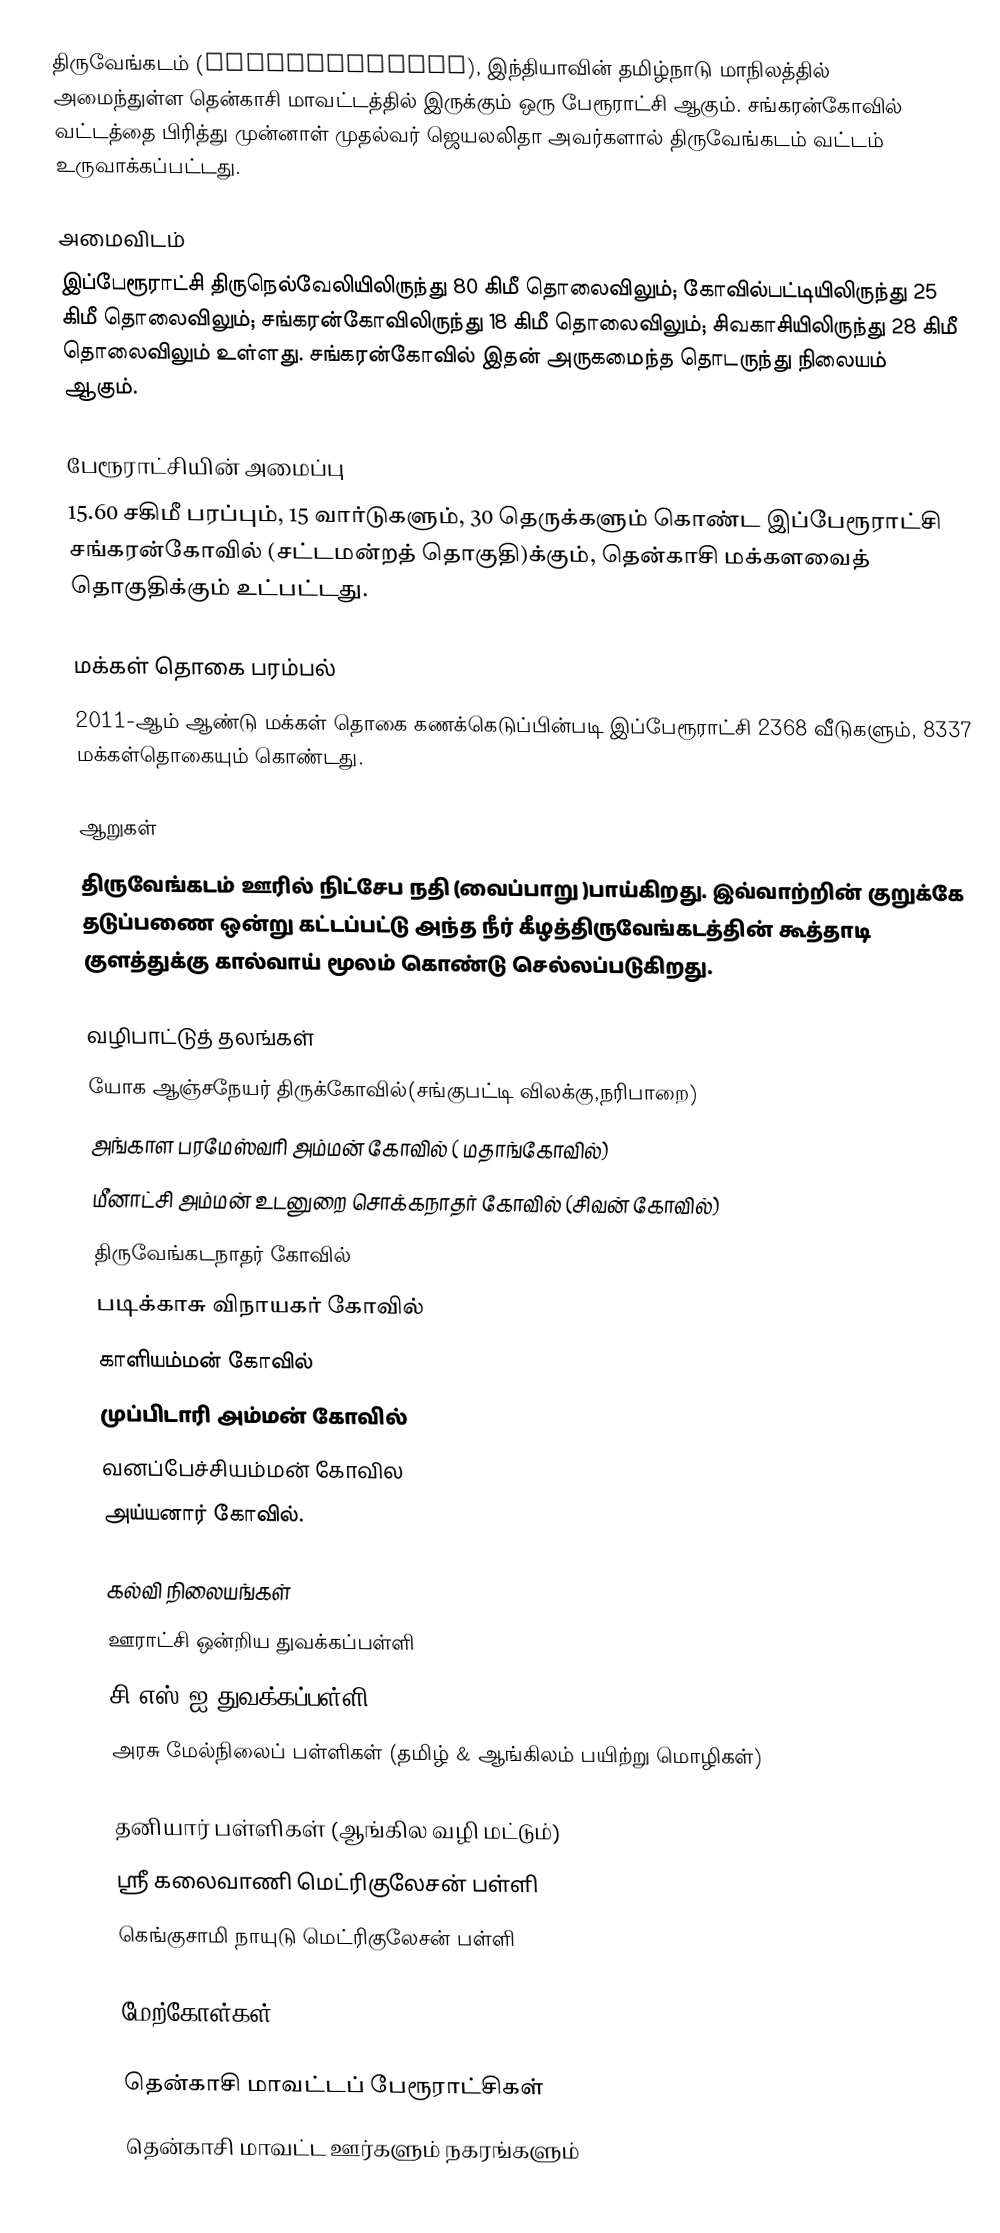
திருவேங்கடம் (Thiruvengadam), இந்தியாவின் தமிழ்நாடு மாநிலத்தில் அமைந்துள்ள தென்காசி மாவட்டத்தில் இருக்கும் ஒரு பேரூராட்சி ஆகும். சங்கரன்கோவில் வட்டத்தை பிரித்து முன்னாள் முதல்வர் ஜெயலலிதா அவர்களால் திருவேங்கடம் வட்டம் உருவாக்கப்பட்டது.

அமைவிடம்
இப்பேரூராட்சி திருநெல்வேலியிலிருந்து 80 கிமீ தொலைவிலும்; கோவில்பட்டியிலிருந்து 25 கிமீ தொலைவிலும்; சங்கரன்கோவிலிருந்து 18 கிமீ தொலைவிலும்; சிவகாசியிலிருந்து 28 கிமீ தொலைவிலும் உள்ளது. சங்கரன்கோவில் இதன் அருகமைந்த தொடருந்து நிலையம் ஆகும்.

பேரூராட்சியின் அமைப்பு
15.60 சகிமீ பரப்பும், 15  வார்டுகளும், 30 தெருக்களும் கொண்ட இப்பேரூராட்சி  சங்கரன்கோவில் (சட்டமன்றத் தொகுதி)க்கும், தென்காசி மக்களவைத் தொகுதிக்கும் உட்பட்டது.

மக்கள் தொகை பரம்பல்
2011-ஆம் ஆண்டு மக்கள் தொகை கணக்கெடுப்பின்படி  இப்பேரூராட்சி                        2368 வீடுகளும், 8337 மக்கள்தொகையும் கொண்டது.

ஆறுகள்
திருவேங்கடம் ஊரில் நிட்சேப நதி (வைப்பாறு )பாய்கிறது. இவ்வாற்றின் குறுக்கே தடுப்பணை ஒன்று கட்டப்பட்டு அந்த நீர் கீழத்திருவேங்கடத்தின் கூத்தாடி குளத்துக்கு கால்வாய் மூலம் கொண்டு செல்லப்படுகிறது.

வழிபாட்டுத் தலங்கள்
யோக ஆஞ்சநேயர் திருக்கோவில்(சங்குபட்டி விலக்கு,நரிபாறை)
 அங்காள பரமேஸ்வரி அம்மன் கோவில் ( மதாங்கோவில்)
 மீனாட்சி அம்மன் உடனுறை சொக்கநாதர் கோவில் (சிவன் கோவில்)
 திருவேங்கடநாதர் கோவில்
 படிக்காசு விநாயகர் கோவில்
 காளியம்மன் கோவில்
 முப்பிடாரி அம்மன் கோவில்
 வனப்பேச்சியம்மன் கோவில
 அய்யனார் கோவில்.

கல்வி நிலையங்கள்
 ஊராட்சி ஒன்றிய துவக்கப்பள்ளி
  சி.எஸ்.ஐ துவக்கப்பள்ளி
 அரசு மேல்நிலைப் பள்ளிகள் (தமிழ் & ஆங்கிலம் பயிற்று மொழிகள்)

தனியார் பள்ளிகள் (ஆங்கில வழி மட்டும்)
 ஸ்ரீ கலைவாணி மெட்ரிகுலேசன் பள்ளி
 கெங்குசாமி நாயுடு மெட்ரிகுலேசன் பள்ளி

மேற்கோள்கள்

தென்காசி மாவட்டப் பேரூராட்சிகள்
தென்காசி மாவட்ட ஊர்களும் நகரங்களும்